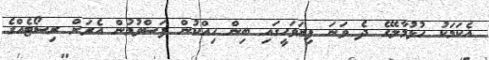
އެކަމަކު ހުޅުމާލޭގެ ދެ ވަނަ ފިޔަވަހީގައި ބިން ހިއްކުން ފަސްވުމުން އެރަށް ރިސޯޓެއްގެ